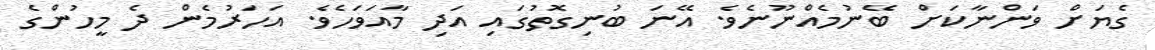
ގެޔަށް ވަންނާކަށް ބޭނުމެއްނޫނެވެ. އޭނަ ބުނިގޮތުގައި އަދި މާއަވަހެވެ. އަހަރުމެން ދެ މީހުންގެ